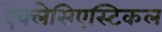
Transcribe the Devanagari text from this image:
ऐक्लेसिएस्टिकल